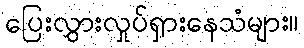
ပြေးလွှားလှုပ်ရှားနေသံများ။